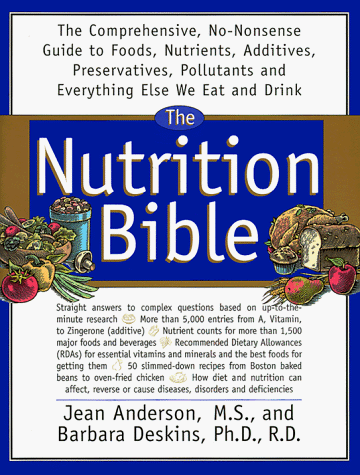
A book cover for The Nutrition Bible: The Comprehensive, No-Nonsense Guide To Foods, Nutrients, Additives, Preservatives, Pollutants And E; Jean Anderson; Health, Fitness & Dieting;